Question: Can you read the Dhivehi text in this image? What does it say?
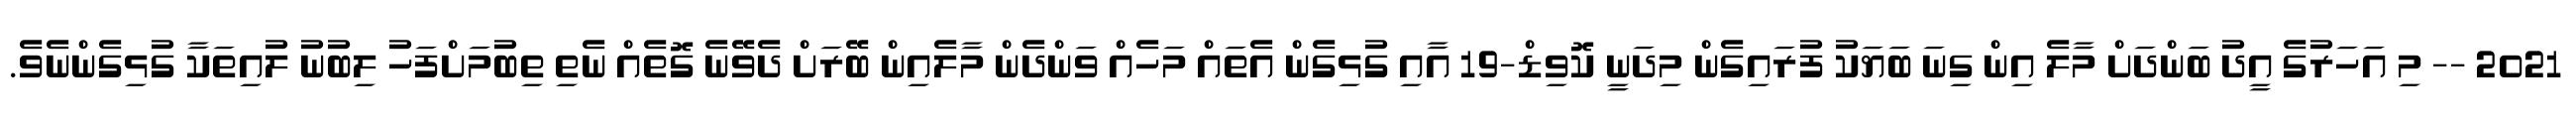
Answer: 2021 -- މި އަހަރުގެ އީދު ބަންދަށް މާލެ އިން ގިނަ ބަޔަކު ފުރައިގެން މިދަނީ ކޮވިޑް-19 އާއި ގުޅިގެން އެތައް މަހެއް ވަންދެން މާލެއިން ބޭރަށް ދެވޭނެ ގޮތެއް ނެތި ތިބުމަށްފަހު ލިބުނު ލުއިތަކާ ގުޅިގެންނެވެ.